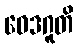
ဝေဒဂူတိ